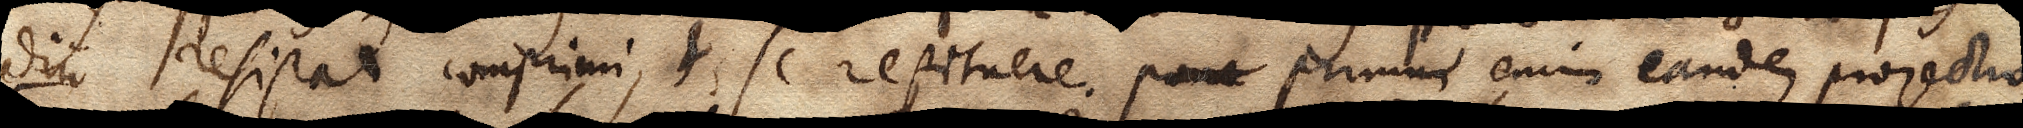
diu resistat comprimi, et se restituere. pone Primum enim eandem projectio–